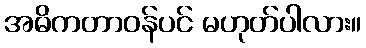
အဓိကတာဝန်ပင် မဟုတ်ပါလား။